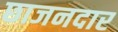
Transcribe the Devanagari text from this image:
छाजनदार